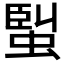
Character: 𧌟